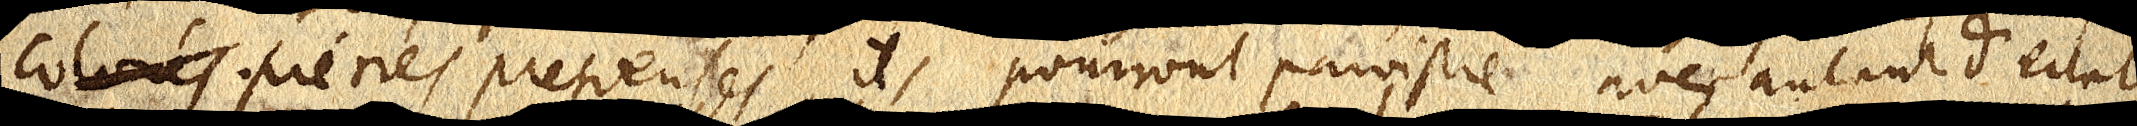
colorés pierres pretieuses, ils pourront paroistre avec autant d’eclat